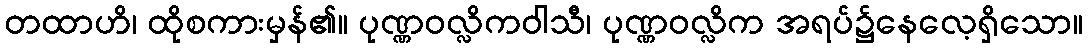
တထာဟိ၊ ထိုစကားမှန်၏။ ပုဏ္ဏဝလ္လိကဝါသီ၊ ပုဏ္ဏဝလ္လိက အရပ်၌နေလေ့ရှိသော။